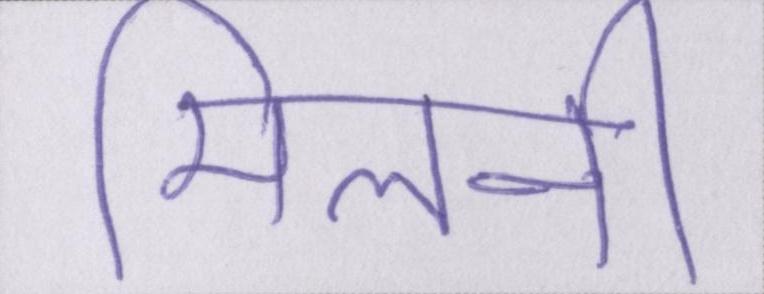
मिलनी